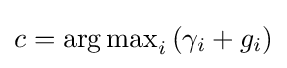
c=\operatorname {arg\,max} \limits _{i}\left(\gamma _{i}+g_{i}\right)